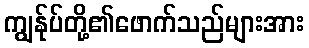
ကျွန်ုပ်တို့၏ဖောက်သည်များအား